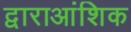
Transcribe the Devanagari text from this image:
द्वाराआंशिक